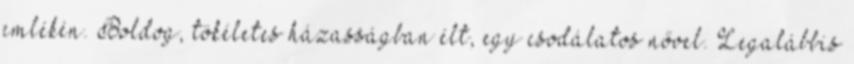
emlékén. Boldog, tökéletes házasságban élt, egy csodálatos nővel. Legalábbis